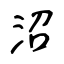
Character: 沼